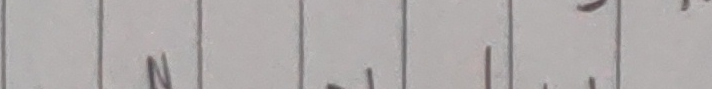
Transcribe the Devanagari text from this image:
न्जवल आइ छ